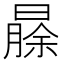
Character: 𬁐